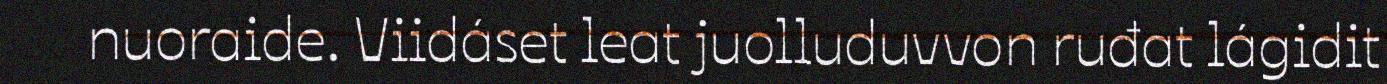
nuoraide. Viidáset leat juolluduvvon ruđat lágidit